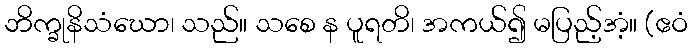
ဘိက္ခုနိသံဃော၊ သည်။ သစေ န ပူရတိ၊ အကယ်၍ မပြည့်အံ့။ (ဧဝံ